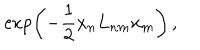
LaTeX: \exp \left( { - \frac { 1 } { 2 } x _ { n } L _ { n m } x _ { m } } \right) \, ,